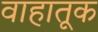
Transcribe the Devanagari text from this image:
वाहातूक